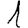
Digit: 1